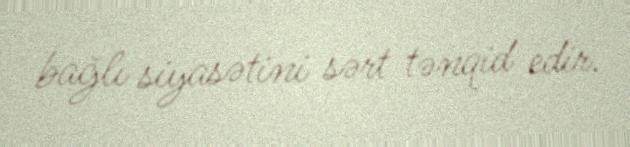
bağlı siyasətini sərt tənqid edir.